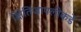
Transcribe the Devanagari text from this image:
क्षितिजापलीकडे